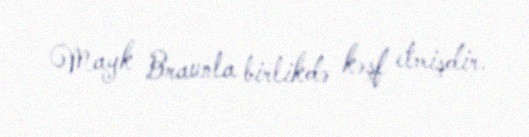
Mayk Braunla birlikdə kəşf etmişdir.